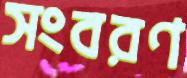
সংবরণ